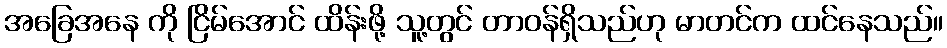
အခြေအနေ ကို ငြိမ်အောင် ထိန်းဖို့ သူ့တွင် တာဝန်ရှိသည်ဟု မာတင်က ထင်နေသည်။